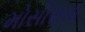
મોસીસના